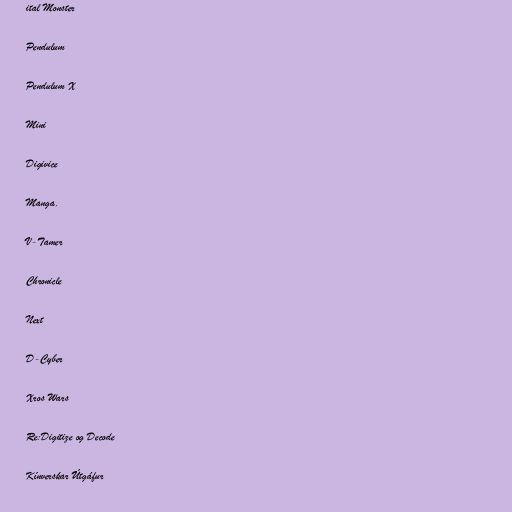
ital Monster

Pendulum

Pendulum X

Mini

Digivice

Manga.

V-Tamer

Chronicle

Next

D-Cyber

Xros Wars

Re:Digitize og Decode

Kínverskar Útgáfur